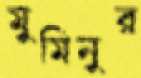
মুমিনুর